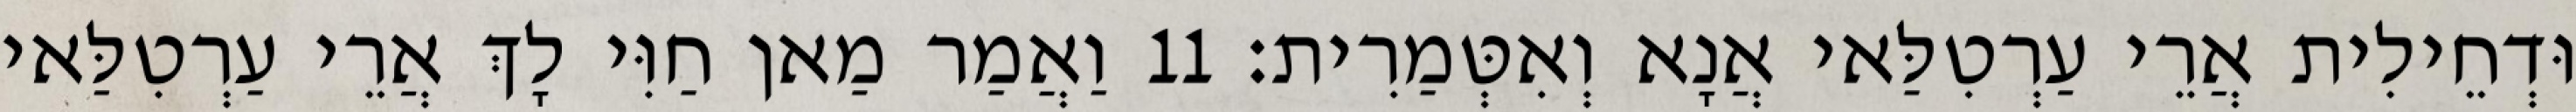
וּדְחֵילִית אֲרֵי עַרְטִלַּאי אֲנָא וְאִטְּמַרִית׃ 11 וַאֲמַר מַאן חַוִּי לָךְ אֲרֵי עַרְטִלַּאי